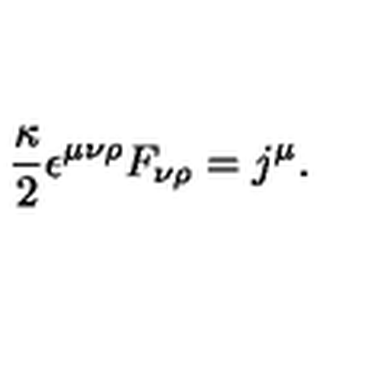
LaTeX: \frac { \kappa } { 2 } \epsilon ^ { \mu \nu \rho } F _ { \nu \rho } = j ^ { \mu } .